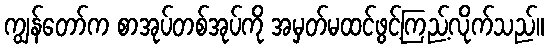
ကျွန်တော်က စာအုပ်တစ်အုပ်ကို အမှတ်မထင်ဖွင့်ကြည့်လိုက်သည်။